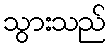
သွားသည်